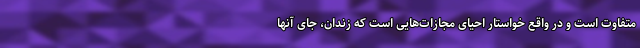
متفاوت است و در واقع خواستار احیای مجازات‌هایی است که زندان، جای آنها